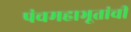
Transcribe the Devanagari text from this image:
पंचमहाभूतांची